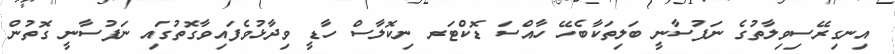
އިނގިރޭސިވިލާތުގެ ނަފުސާނީ ބަލިތަކާބެހޭ ހާއްސަ ޑޮކްޓަރ ނިކޮލާސް ހާޑީ ވިދާޅުވެފައިވާގޮތުގައި ނަފުސާނީ ގޮތުން